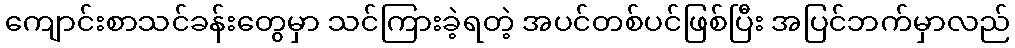
ကျောင်းစာသင်ခန်းတွေမှာ သင်ကြားခဲ့ရတဲ့ အပင်တစ်ပင်ဖြစ်ပြီး အပြင်ဘက်မှာလည်